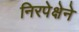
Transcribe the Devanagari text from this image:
निरपेक्षेने